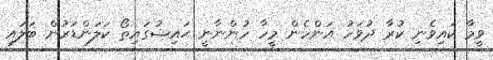
ވީމާ ކައިވެނި ކުރާ ދުވަހު އަންހެން މީހާ ހުންނާނީ ޙައިޟުގައިތޯ ކަލަންޑަރުން ބަލައި